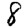
Digit: 8